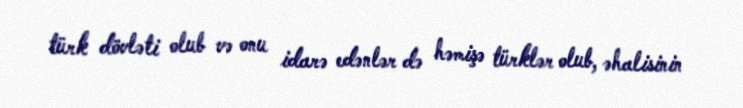
türk dövləti olub və onu idarə edənlər də həmişə türklər olub, əhalisinin